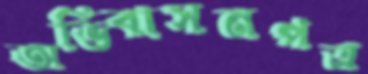
অভিবাসনপত্র